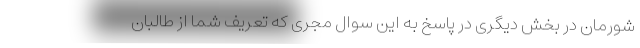
شورمان در بخش دیگری در پاسخ به این سوال مجری که تعریف شما از طالبان